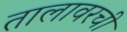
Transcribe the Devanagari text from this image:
तालावरची